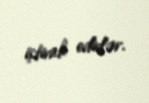
iştirak edirlər.